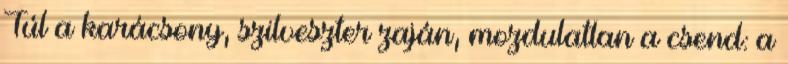
Túl a karácsony, szilveszter zaján, mozdulatlan a csend: a